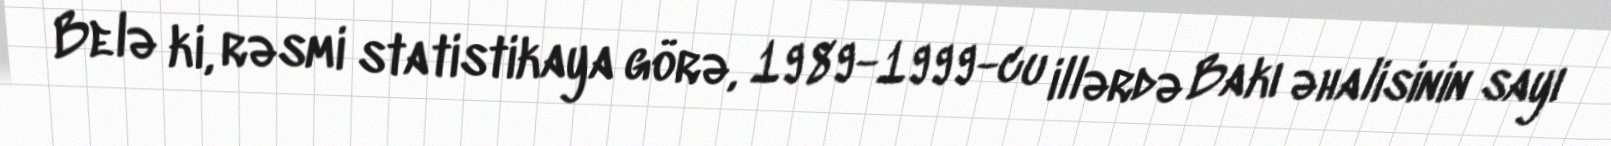
Belə ki, rəsmi statistikaya görə, 1989-1999-cu illərdə Bakı əhalisinin sayı